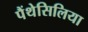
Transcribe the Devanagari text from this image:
पैंथेसिलिया